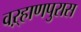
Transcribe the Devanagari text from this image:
वऱ्हाणपुरास